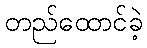
တည်ထောင်ခဲ့